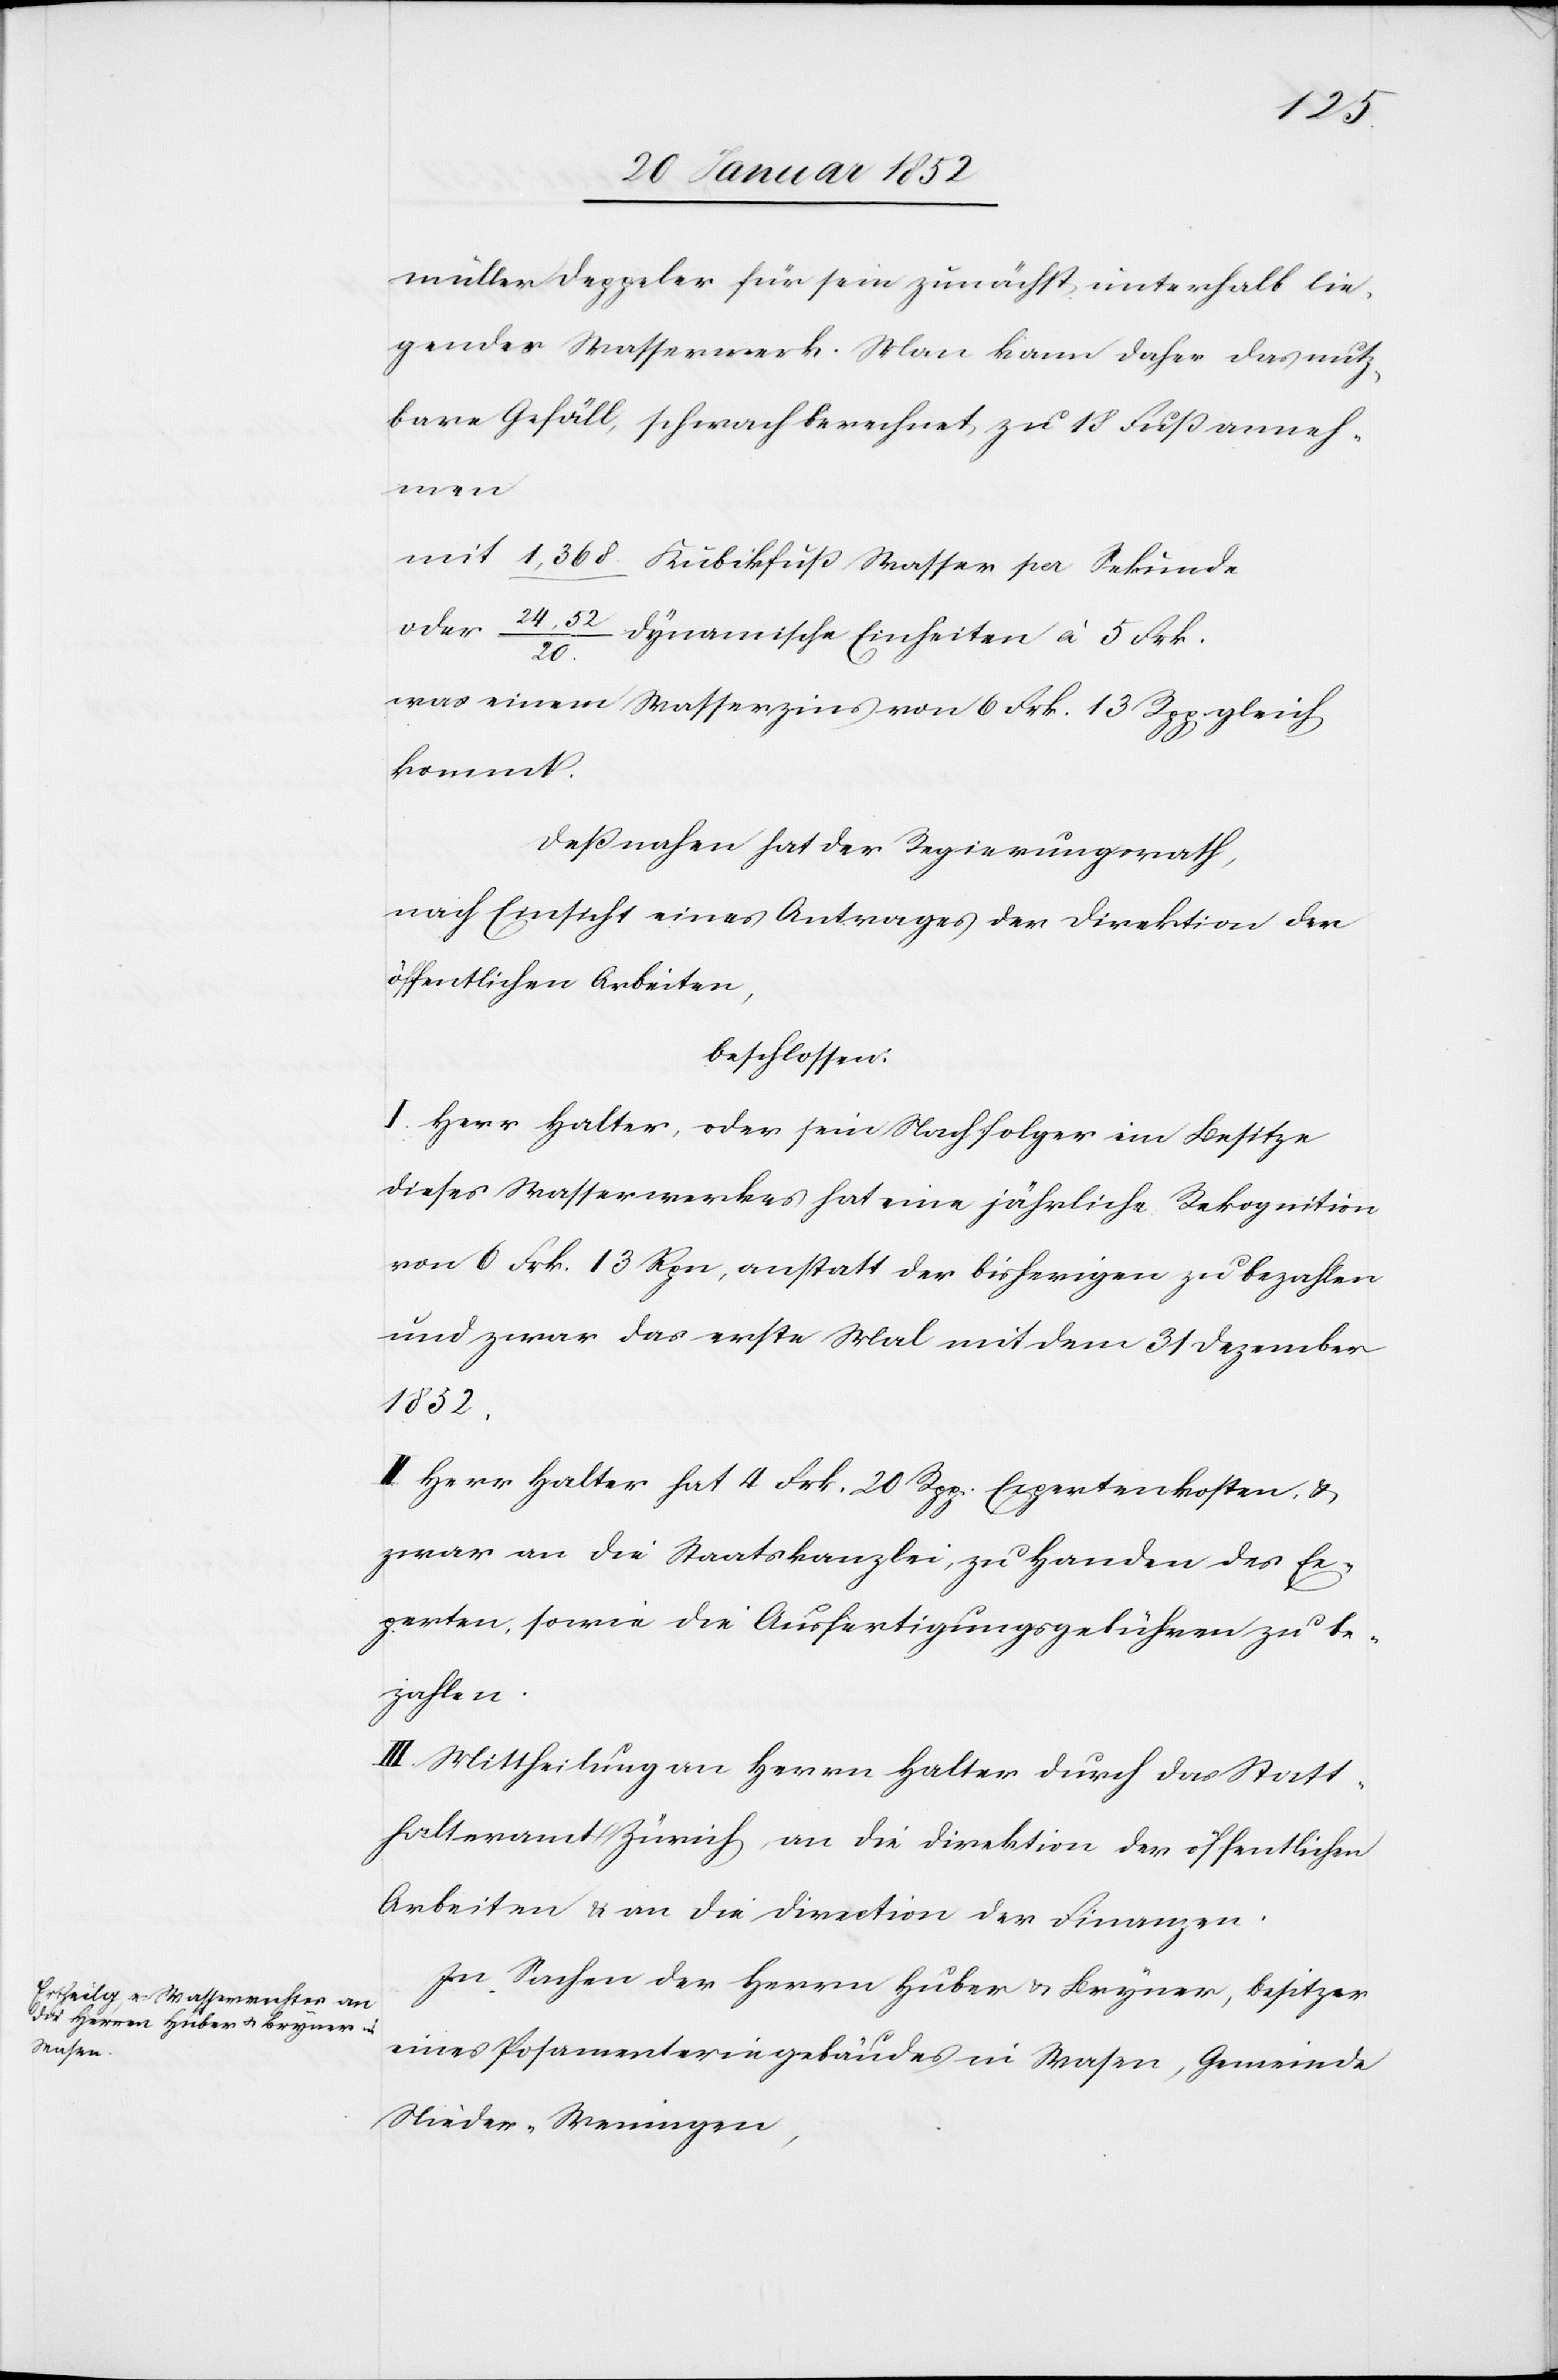
müller Deppeler für sein zunächst unterhalb lie¬
gendes Wasserwerk. Man kann daher das Nutz¬
bare Gefäll, schwach berechnet, zu 13 Fuß anneh¬
men
mit 1,368. Kubikfuß Wasser per Sekunde
oder 24,52/20. dynamische Einheiten à 5 Frk.
was einem Wasserzins von 6 Frk. 13 Rpp gleich¬
kommt.
Deßnahen hat der Regierungsrath,
nach Einsicht eines Antrages der Direktion der
öffentlichen Arbeiten,
beschlossen:
I. Herr Halter, oder sein Nachfolger im Besitze
dieses Wasserwerkes hat eine jährliche Rekognition
von 6 Frk. 13 Rpn, anstatt der bisherigen zu bezahlen
und zwar das erste Mal mit dem 31 Dezember
1852.
II. Herr Halter hat 4 Frk. 20 Rpp. Expertenkosten u.
zwar an die Staatskanzlei, zu Handen des Ex¬
perten, sowie die Ausfertigungsgebühren zu be¬
zahlen.
III. Mittheilung an Herrn Halter durch das Statt¬
halteramt Zürich, an die Direktion der öffentlichen
Arbeiten u. an die Direction der Finanzen.
In Sachen der Herren Huber u. Bryner, Besitzer
eines Posamenteriegebäudes in Wasen, Gemeinde
Nieder-Weningen,